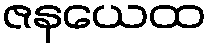
ဇနယေထ